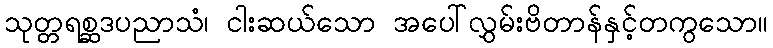
သုတ္တရစ္ဆဒပညာသံ၊ ငါးဆယ်သော အပေါ်လွှမ်းဗိတာန်နှင့်တကွသော။